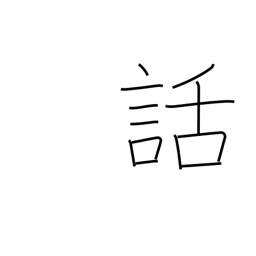
Meaning: tale